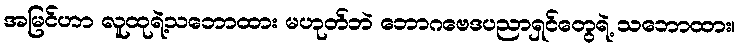
အမြင်ဟာ လူထုရဲ့သဘောထား မဟုတ်ဘဲ ဘောဂဗေဒပညာရှင်တွေရဲ့ သဘောထား၊